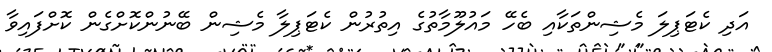
އަދި ކެޓަޕިލަ މެޝިންތަކާއި ބެހޭ މައުލޫމާތުގެ އިތުރުން ކެޓަޕިލާ މެޝިން ބޭނުންކޮށްގެން ކޮށްފައިވާ